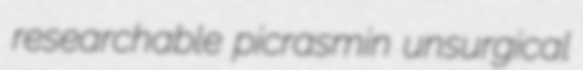
researchable picrasmin unsurgical